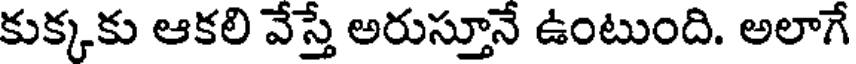
కుక్కకు ఆకలి వేస్తే అరుస్తూనే ఉంటుంది. అలాగే